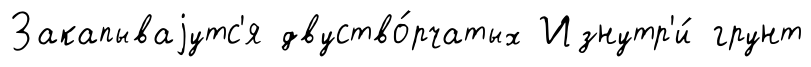
Закапываjутс'я двуство́рчатых Изнутр'и́ грунт